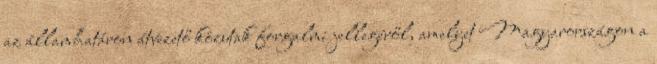
az államhatáron átvezető közutak forgalmi jellegéről, amelyet Magyarországon a